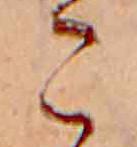
こ